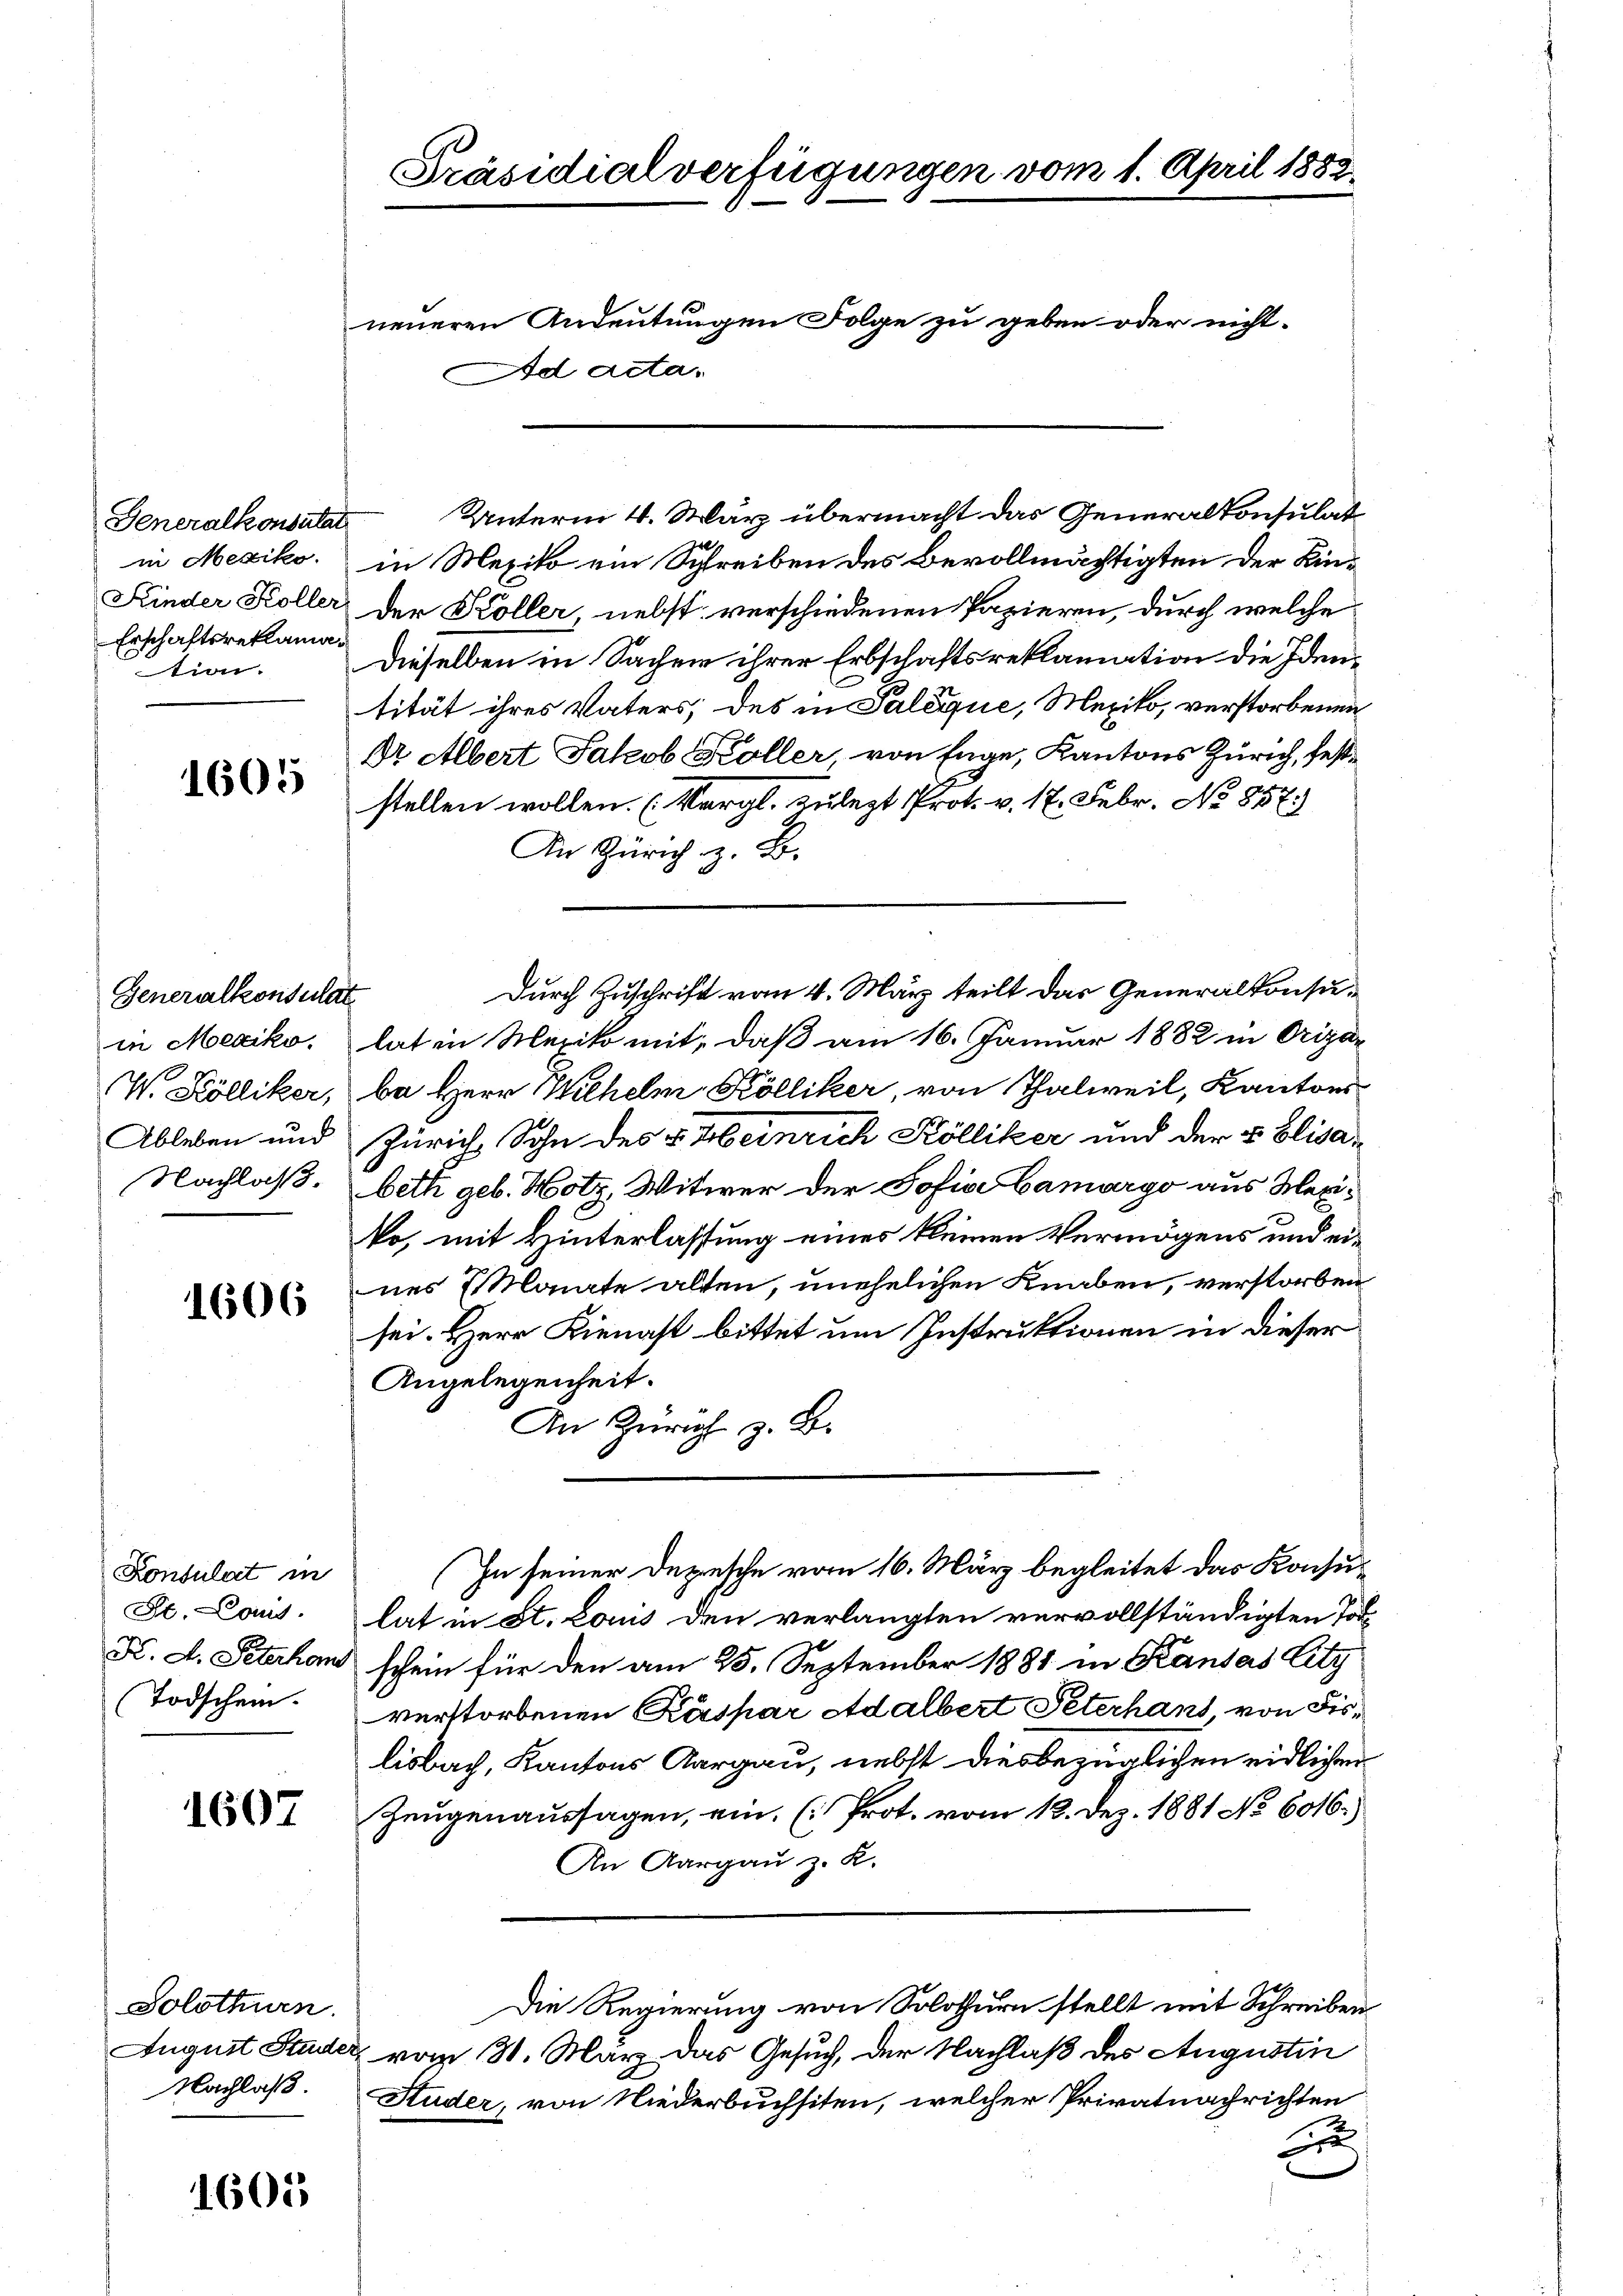
Generalkonsulat
in Mexiko
Kinder Koller
Erschaftsreklamation.

1605

Generalkonsulat
W. Kölliker,
Ableben und
Nachlaß.

1606

Konsulat in
St. Louis.
Todschein.

1607

1605

Solothurn.

Präsidialverfügungen vom 1. April 1882
neueren Andeutungen Folge zu geben oder nicht-
d acta.

in Mexiko ein Schreiben des Bevollmächtigten der Kinder Köller, nebst verschiedenen Papieren, durch welche
Dieselben in Sachen ihrer Erbschaftsreklamation die Identität ihres Vaters; des in Palique, Mexiko, verstorbenen
Dr. Albert Jakob Koller, von Enge, Kantons Zürich, feststellen wollen. (Vergl. zulegt Prot. v. 17. Febr. No 857.)
An Zürich z. B.
in Mexiko, hat in Mexiko mit, daß am 16. Januar 1882 in Orizar
ba Herr Wilhelm Kölliker, von Thalweil, Kantons
Zürich Sohn des v. Heinrich Kölliker und der 5 Elisabeth geb. Hotz, Witwer der Sofia Camargo aus Maxiko, mit Hinterlassung eines kleinen Vermögens und eines Mante alten, unehelichen Knaben, verstorben
sei. Herr Kienast bittet um Instruktionen in dieser
Angelegenheit.
An Zürich z. B.
(In seiner Depesche vom 16. März begleitet das Konsulat in St. Louis den verlangten vervollständigten Tod
K. A. Peterhaus schein für den am 25. September 1881 in Kausas City
verstorbenen Kaspar Adalbert Peterhans von Fislisbach, Kantons Aargau, neblt diesbezüglichen eidlichen
Zeugenaussagen, ein (Prot. vom 12. Dez. 1881 No 6016.)
An Aargau z. R.
Die Regierung von Solothurn stellt mit Schreiben
August Stader vom 31. März das Gesuch, der Nachlaß des Augustin
Nachlaß. Studer, von Niederbuchsiten, welcher Privatnachrichten
E

Durch Zuschrift vom 4. März teilt das Generalkonsu¬

Unterm 4. März übermacht das Generalkonsulat